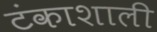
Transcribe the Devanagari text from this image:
टंकाशाली